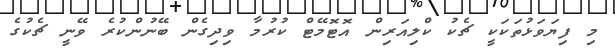
މި ފިޔަވަޅުތަކަކީ ޗެކު ކްލިއަރިން އޮޓޮމޭޓް ކުރުމާ ވިދިގެން ބޭނުންކުރެ ވޭނީ ޗެކުގެ